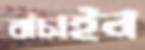
বাঁচাইন